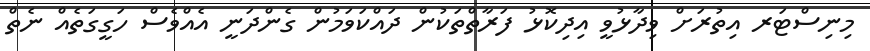
މިނިސްޓަރ އިތުރަށް ވިދާޅުވީ އިދިކޮޅު ފަރާތްތަކުން ދައްކަވަމުން ގެންދަނީ އެއްވެސް ހަގީގަތެއް ނެތް